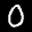
Label: 0